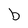
Character: b